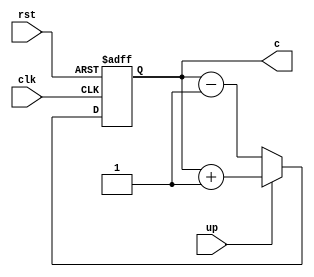
`timescale 1ns / 1ps


///20E126 NAVEEN M//


module updowncode(
    input clk,rst,up,
output reg [7:0] c);


always @(posedge clk, negedge rst) 
begin
if (!rst) begin
c <= 2'b0;
end
else if (up) begin
c <= c + 1;
end
else begin
c<= c - 1;
end
end


endmodule